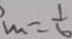
m = \frac { 1 } { 6 }